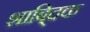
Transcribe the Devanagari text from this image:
शाबि्दक